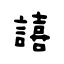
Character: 譆